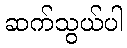
ဆက်သွယ်ပါ